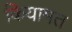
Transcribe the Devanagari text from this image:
कियामत